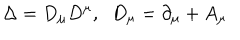
LaTeX: \Delta = D _ { \mu } D ^ { \mu } , \; \; D _ { \mu } = \partial _ { \mu } + A _ { \mu }